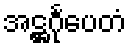
အဋ္ဌင်္ဂုပေတံ